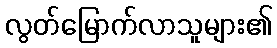
လွတ်မြောက်လာသူများ၏